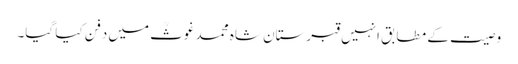
وصیت کے مطابق انہیں قبرستان شاہ محمد غوثؒ میں دفن کیا گیا۔